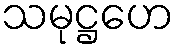
သမုဋ္ဌဟေ